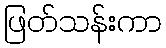
ဖြတ်သန်းကာ